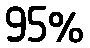
95%